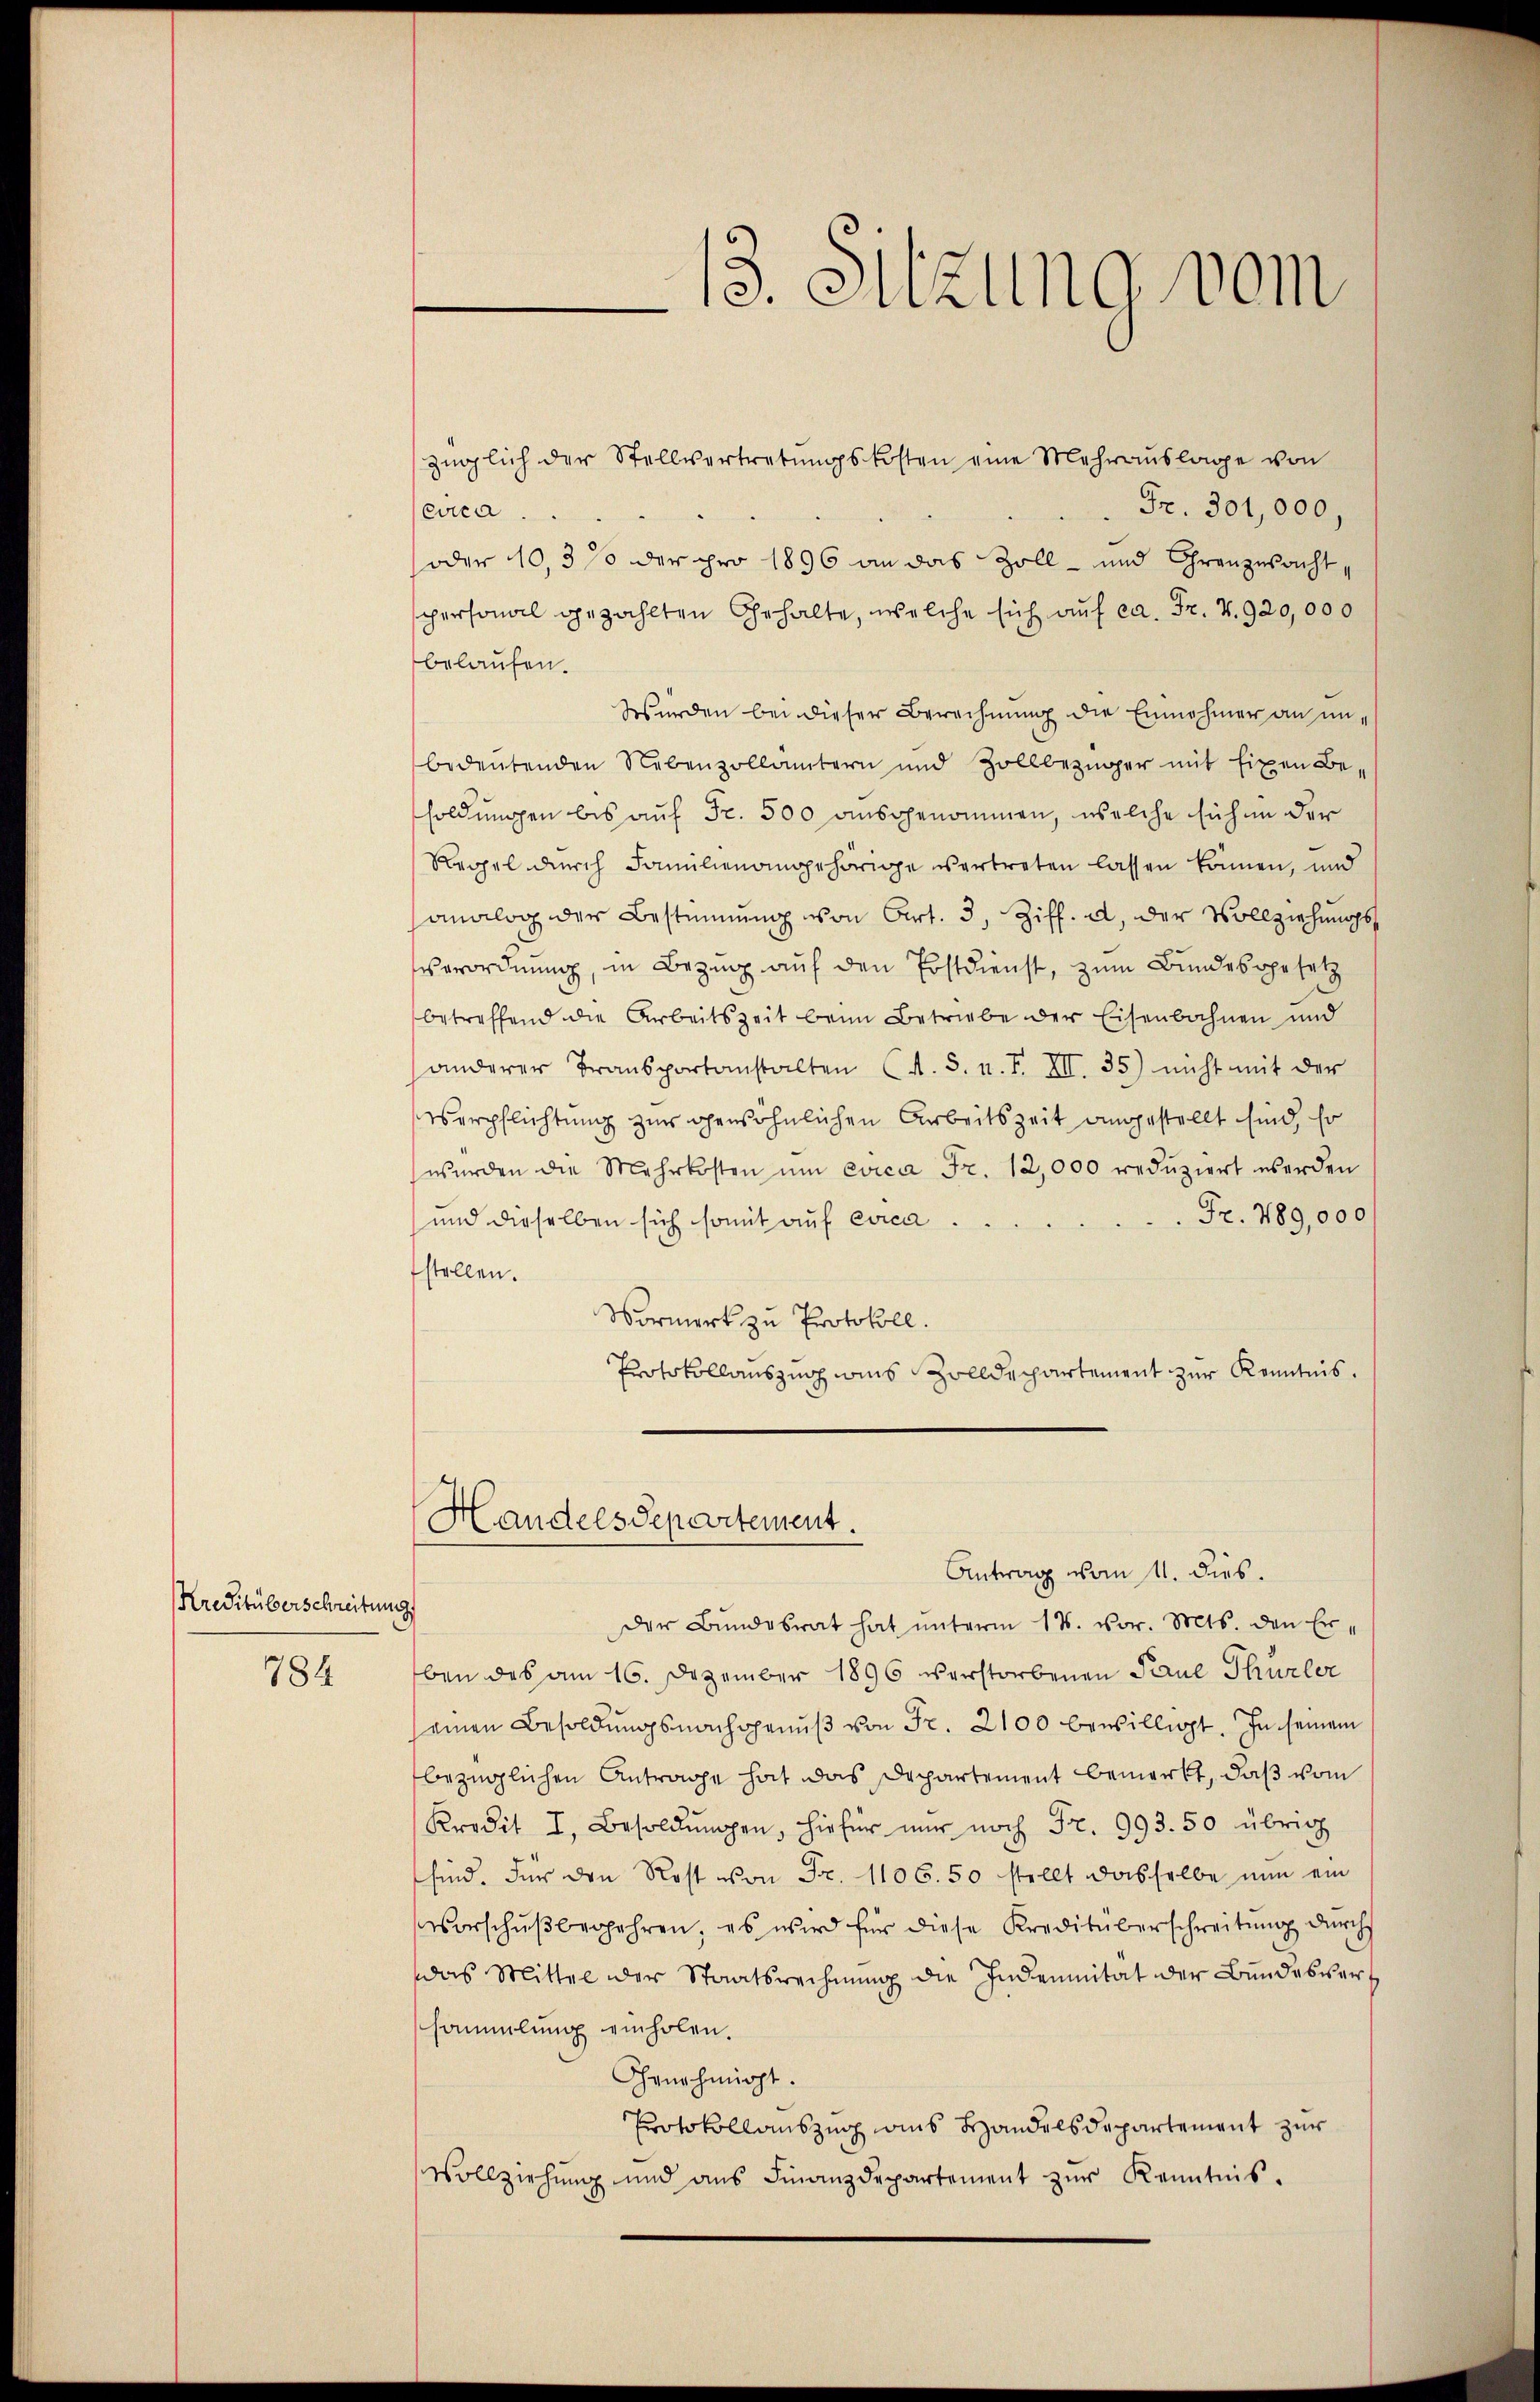
Kreditüberschreitung

784

13. Sitzung vom

züglich der Stellvertretŭngskosten eine Mehraŭslage von
Fr. 301,000,
circa
(oder 10,3 % der pro 1896 an das Zoll- und Granzsacht,
spersonal gezählten Gehalte, welche sich auf ca. Fr. 7. 920,000
belaufen.
Wurden bei dieser Berechnung die Einnahmer an unbedeutenden Nebenzollämtern und Zollbezüger mit Eixen Besoldungen bis auf Fr. 500 ausgenommen, welche sichen der
Regel durch Familienangehörige vertreten lassen können, und
Canalog der Bestimmung von Art. 3, Ziff. a, der Vollziehungsverordnung, in Bezug auf den Postdienst, zum Bundesgesetz
betreffend die Arbeitszeit beim Betriebe der Eisenbahnen und
anderer Transportanstalten (s. S. n. F. XII. 35) nicht mit der
Verpflichtung zur gewöhnlichen Arbeitszeit angestellt sind, so
wŭrden die Mehrkosten ŭm evica Fr. 12,000 redŭziert werden
Fr. 789,000
und dieselben sich somit auf evica
fstellen.
Vormerk zu Protokoll.
Protokollauszug aus Zolldepartement zur Kenntnis.
Handelsdepartement.
Antrag vom 11. dies.
der Bundesrat hat unterm 14. vor. Mts. den Erben des am 16. Dezember 1896 verstorbenen Paul Thurler
seinen Besoldŭngsnachgenŭβ von Fr. 2100 bewilligt. In seinem
bezüglichen Antrage hat das Departement bemerkt, daß vom
Kredit I. Besoldŭngen, hiefür nur noch Fr. 993. 50 übrig
sind. Für den Rost von Fr. 1106. 50 stellt dasselbe nun ein
vorschußbegehren, es wird für diese Kreditüberschreitung durch
das Mittel der Staatsrechnŭng die Indemnität der Bundesvert
sammlung einholen.
Ghrnehmigt.
Protokollauszug aus Handelsdepartement zur
Vollziehung und aus Finanzdepartement zur Kenntnis.